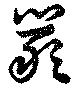
嚴